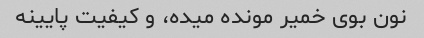
نون بوی خمیر مونده میده، و کیفیت پایینه